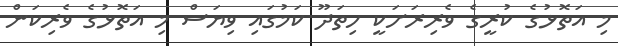
މި އަތޮޅުގެ ކުރީގެ ވެރިރަށަކީ ހިތަދޫ ކަމުގައި ވިޔަސް މި އަތޮޅުގެ ވެރިކަން